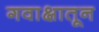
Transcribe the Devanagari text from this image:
गवाक्षातून